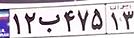
۱۲ب۴۷۵۱۳